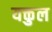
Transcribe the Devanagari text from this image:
यक्तुल